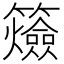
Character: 𥷡